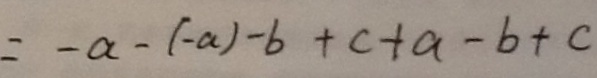
= - a - ( - a ) - b + c + a - b + c